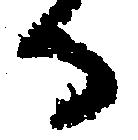
る